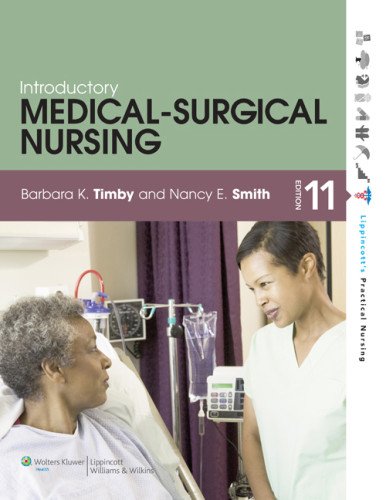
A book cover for Introductory Medical-Surgical Nursing; Barbara K. Timby RN  BC  BSN  MA; Medical Books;